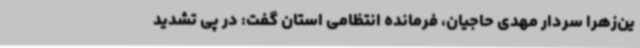
ین‌زهرا سردار مهدی حاجیان، فرمانده انتظامی استان گفت: در پی تشدید